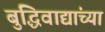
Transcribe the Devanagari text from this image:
बुद्धिवाद्यांच्या